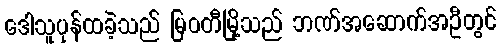
ဒေါသူပုန်ထခဲ့သည် မြဝတီမြို့သည် ဘဏ်အဆောက်အဦတွင်